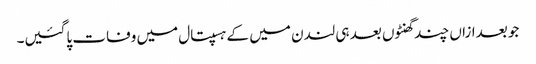
جو بعدازاں چند گھنٹوں بعد ہی لندن میں کے ہسپتال میں وفات پاگئیں۔